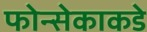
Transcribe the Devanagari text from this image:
फोन्सेकाकडे